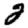
Digit: 2